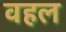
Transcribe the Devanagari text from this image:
वहल